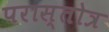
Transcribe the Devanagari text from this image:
परास्तोत्र